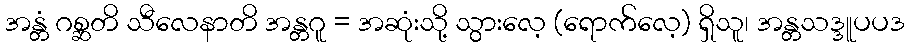
အန္တံ ဂစ္ဆတိ သီလေနာတိ အန္တဂူ = အဆုံးသို့ သွားလေ့ (ရောက်လေ့) ရှိသူ၊ အန္တသဒ္ဒူပပဒ